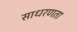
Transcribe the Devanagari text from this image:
साधरणता